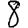
Digit: 8